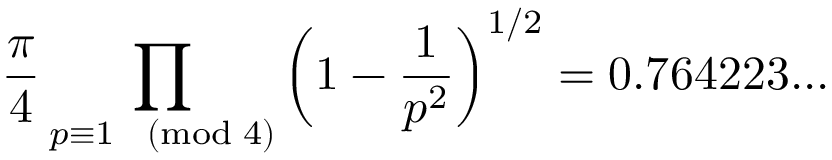
{ \frac { \pi } { 4 } } \prod _ { p \equiv 1 { \pmod { 4 } } } \left( 1 - { \frac { 1 } { p ^ { 2 } } } \right) ^ { 1 / 2 } = 0 . 7 6 4 2 2 3 . . .